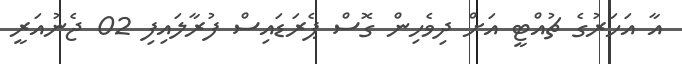
އާ އަހަރުގެ ޗުއްޓީ އަށް ދިވެހިން ގޮސް ޕެރަޑައިސް ފުރާލައިފި 02 ޖެނުއަރީ